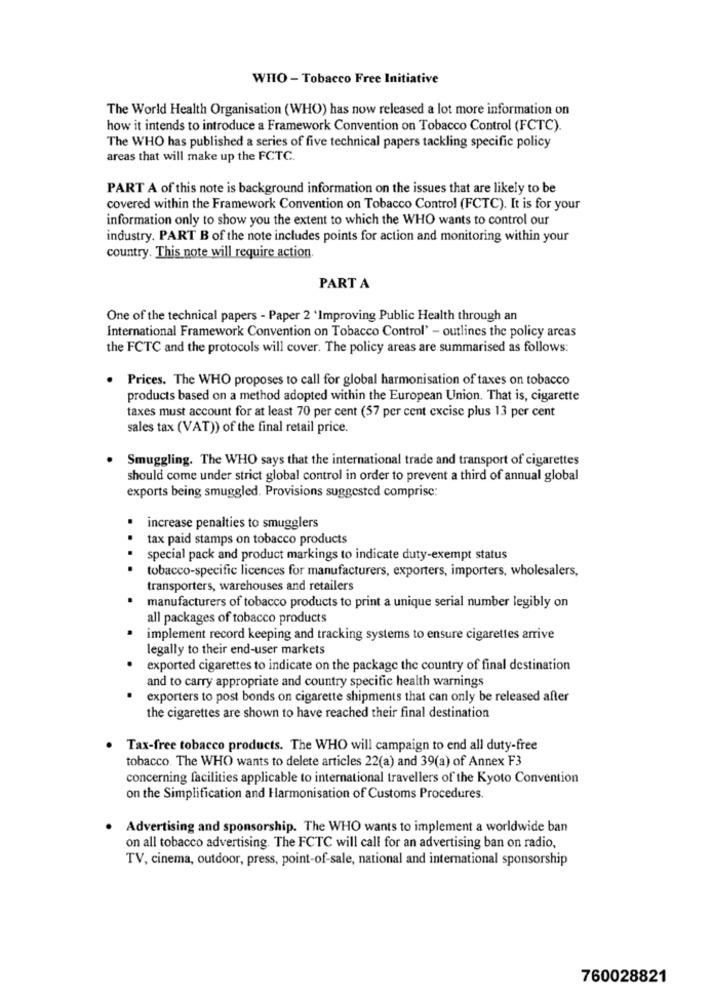
WHO - Tobacco Free Initiative
The World Health Organisation (WHO) has now released a lot more information on
how it intends to introduce a Framework Convention on Tobacco Control (FCTC).
The WHO has published a series of five technical papers tackling specific policy
areas that will make up the FCTC.
PART A of this note is background information on the issues that are likely to be
covered within the Framework Convention on Tobacco Control (FCTC). It is for your
information only to show you the extent to which the WHO wants to control our
industry. PART B of the note includes points for action and monitoring within your
country. This note will require action.
PART A
One of the technical papers - Paper 2 'Improving Public Health through an
International Framework Convention on Tobacco Control' - outlines the policy arcas
the FCTC and the protocols will cover. The policy areas are summarised as follows:
. Prices. The WHO proposes to call for global harmonisation of taxes on tobacco
products based on a method adopted within the European Union. That is, cigarette
taxes must account for at least 70 per cent (57 per cent excise plus 13 per cent
sales tax (VAT)) of the final retail price.
Smuggling. The WHO says that the international trade and transport of cigarettes
should come under strict global control in order to prevent a third of annual global
exports being smuggled. Provisions suggested comprise:
increase penalties to smugglers
..
tax paid stamps on tobacco products
.
special pack and product markings to indicate duty-exempt status
tobacco-specific licences for manufacturers, exporters, importers, wholesalers,
transporters, warehouses and retailers
manufacturers of tobacco products to print a unique serial number legibly on
all packages of tobacco products
implement record keeping and tracking systems to ensure cigarettes arrive
legally to their end-user markets
exported cigarettes to indicate on the package the country of final destination
and to carry appropriate and country specific health warnings
exporters to post bonds on cigarette shipments that can only be released after
the cigarettes are shown to have reached their final destination
. Tax-free tobacco products. The WHO will campaign to end all duty-free
tobacco. The WHO wants to delete articles 22(a) and 39(a) of Annex F3
concerning facilities applicable to international travellers of the Kyoto Convention
on the Simplification and Harmonisation of Customs Procedures.
Advertising and sponsorship. The WHO wants to implement a worldwide ban
on all tobacco advertising. The FCTC will call for an advertising ban on radio,
TV, cinema, outdoor, press, point-of-sale, national and international sponsorship
760028821